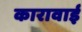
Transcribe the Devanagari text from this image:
कारावाई